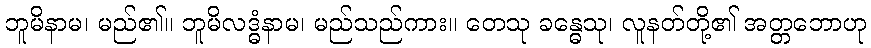
ဘူမိနာမ၊ မည်၏။ ဘူမိလဒ္ဓံနာမ၊ မည်သည်ကား။ တေသု ခန္ဓေသု၊ လူနတ်တို့၏ အတ္တဘောဟု